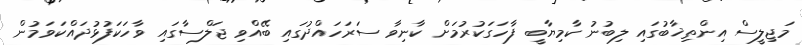
މަޖިލީސް އިންތިޚާބުގައި ލިބުނު ކާމިޔާބީ ފާހަގަކުރުމަށް ކާނިވާ ސަރަހައްދުގައި ބޭއްވި ޖަލްސާގައި ވާހަކަފުޅުދައްކަވަމުން